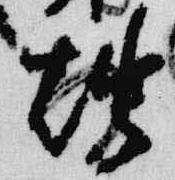
燭